Medical and sanitary report of the native army of Madras for the year
Year: 1876
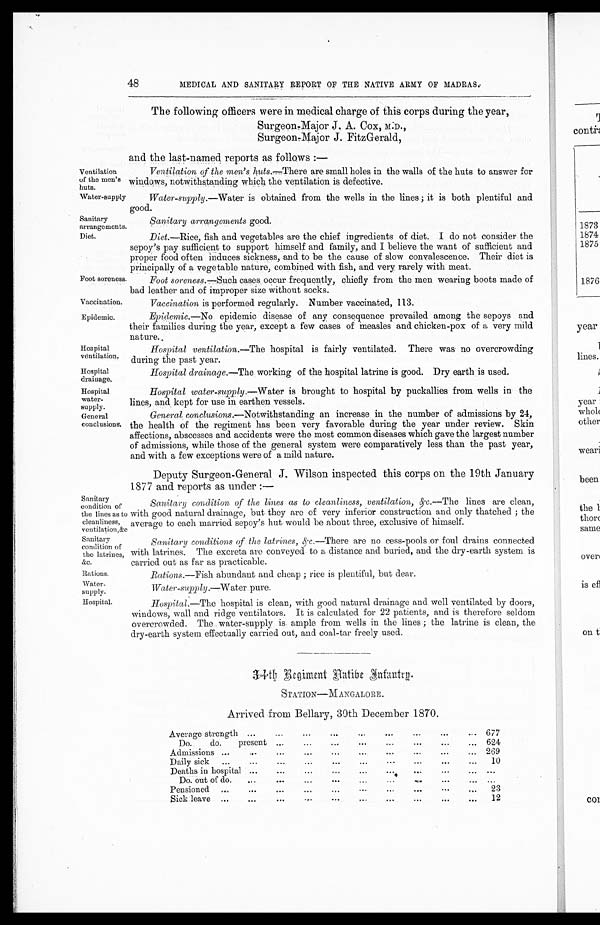
Ventilation
of the men’s
huts.
Water-supply
Foot soreness.
Vaccination.
Epidemic.
Hospital
ventilation.
Hospital
drainage.
Hospital
water-
supply.
General
conclusions.
Sanitary
condition of
the lines as to
cleanliness,
ventilation,&c
Sanitary
condition of
the latrines,
&c.
Rations.
Water-
supply.
Hospital.
48
MEDICAL AND SANITARY REPORT OF THE NATIVE ARMY OF MADRAS.
The following officers were in medical charge of this corps during the year,
Surgeon-Major J. A. Cox, M.D.,
Surgeon-Major J. FitzGerald,
and the last-named reports as follows :—
Ventilation of the men’s huts .—There are small holes in the walls of the huts to answer for
windows, notwithstanding which the ventilation is defective.
Water-supply .—Water is obtained from the wells in the lines; it is both plentiful and
good.
Sanitary
arrangements.
Sanitary arrangements good.
Diet.
Diet .—Rice, fish and vegetables are the chief ingredients of diet. I do not consider the
sepoy’s pay sufficient to support himself and family, and I believe the want of sufficient and
proper food often induces sickness, and to be the cause of slow convalescence. Their diet is
principally of a vegetable nature, combined with fish, and very rarely with meat.
Foot soreness.—Such cases occur frequently, chiefly from the men wearing boots made of
bad leather and of improper size without socks.
Vaccination is performed regularly. Number vaccinated, 113.
Epidemic .—No epidemic disease of any consequence prevailed among the sepoys and
their families during the year, except a few cases of measles and chicken-pox of a very mild
nature.
Hospital ventilation .—The hospital is fairly ventilated. There was no overcrowding
during the past year.
Hospital drainage .—The working of the hospital latrine is good. Dry earth is used.
Hospital water-supply .—Water is brought to hospital by puckallies from wells in the
lines, and kept for use in earthen vessels.
General conclusions .—Notwithstanding an increase in the number of admissions by 24,
the health of the regiment has been very favorable during the year under review. Skin
affections, abscesses and accidents were the most common diseases which gave the largest number
of admissions, while those of the general system were comparatively less than the past year,
and with a few exceptions were of a mild nature.
Deputy Surgeon-General J. Wilson inspected this corps on the 19th January
1877 and reports as under :—
Sanitary condition of the lines as to cleanliness, ventilation, & c.—The lines are clean,
with good natural drainage, but they are of very inferior construction and only thatched; the
average to each married sepoy’s hut would be about three, exclusive of himself.
Sanitary conditions of the latrines, &c .—There are no cess-pools or foul drains connected
with latrines. The excreta are conveyed to a distance and buried, and the dry-earth system is
carried out as far as practicable.
Rations .—Fish abundant and cheap ; rice is plentiful, but dear.
Water-supply.—Water pure.
Hospital .—The hospital is clean, with good natural drainage and well ventilated by doors,
windows, wall and ridge ventilators. It is calculated for 22 patients, and is therefore seldom
overcrowded. The water-supply is ample from wells in the lines ; the latrine is clean, the
dry-earth system effectually carried out, and coal-tar freely used.
34th Regiment Native Infantry.
STATION—MANGALORE.
Arrived from Bellary, 30th December 1870.
Average strength ...
...
...
...
... ... ... ... ...
677
Do.
do.
present ...
...
...
... ... ...
...
... 624
Admissions ...
...
...
...
...
...
...
...
...
... 269
Daily sick
...
...
...
...
...
...
...
...
...
...
10
Deaths in hospital ...
...
...
...
... ... ... ...
... ...
Do. out of do.
...
...
...
...
...
... ...
...
. . . . . .
Pensioned
...
...
...
...
...
...
...
. . . . . . . . . . . .
23
Sick leave
...
...
...
...
...
...
...
...
...
...
12